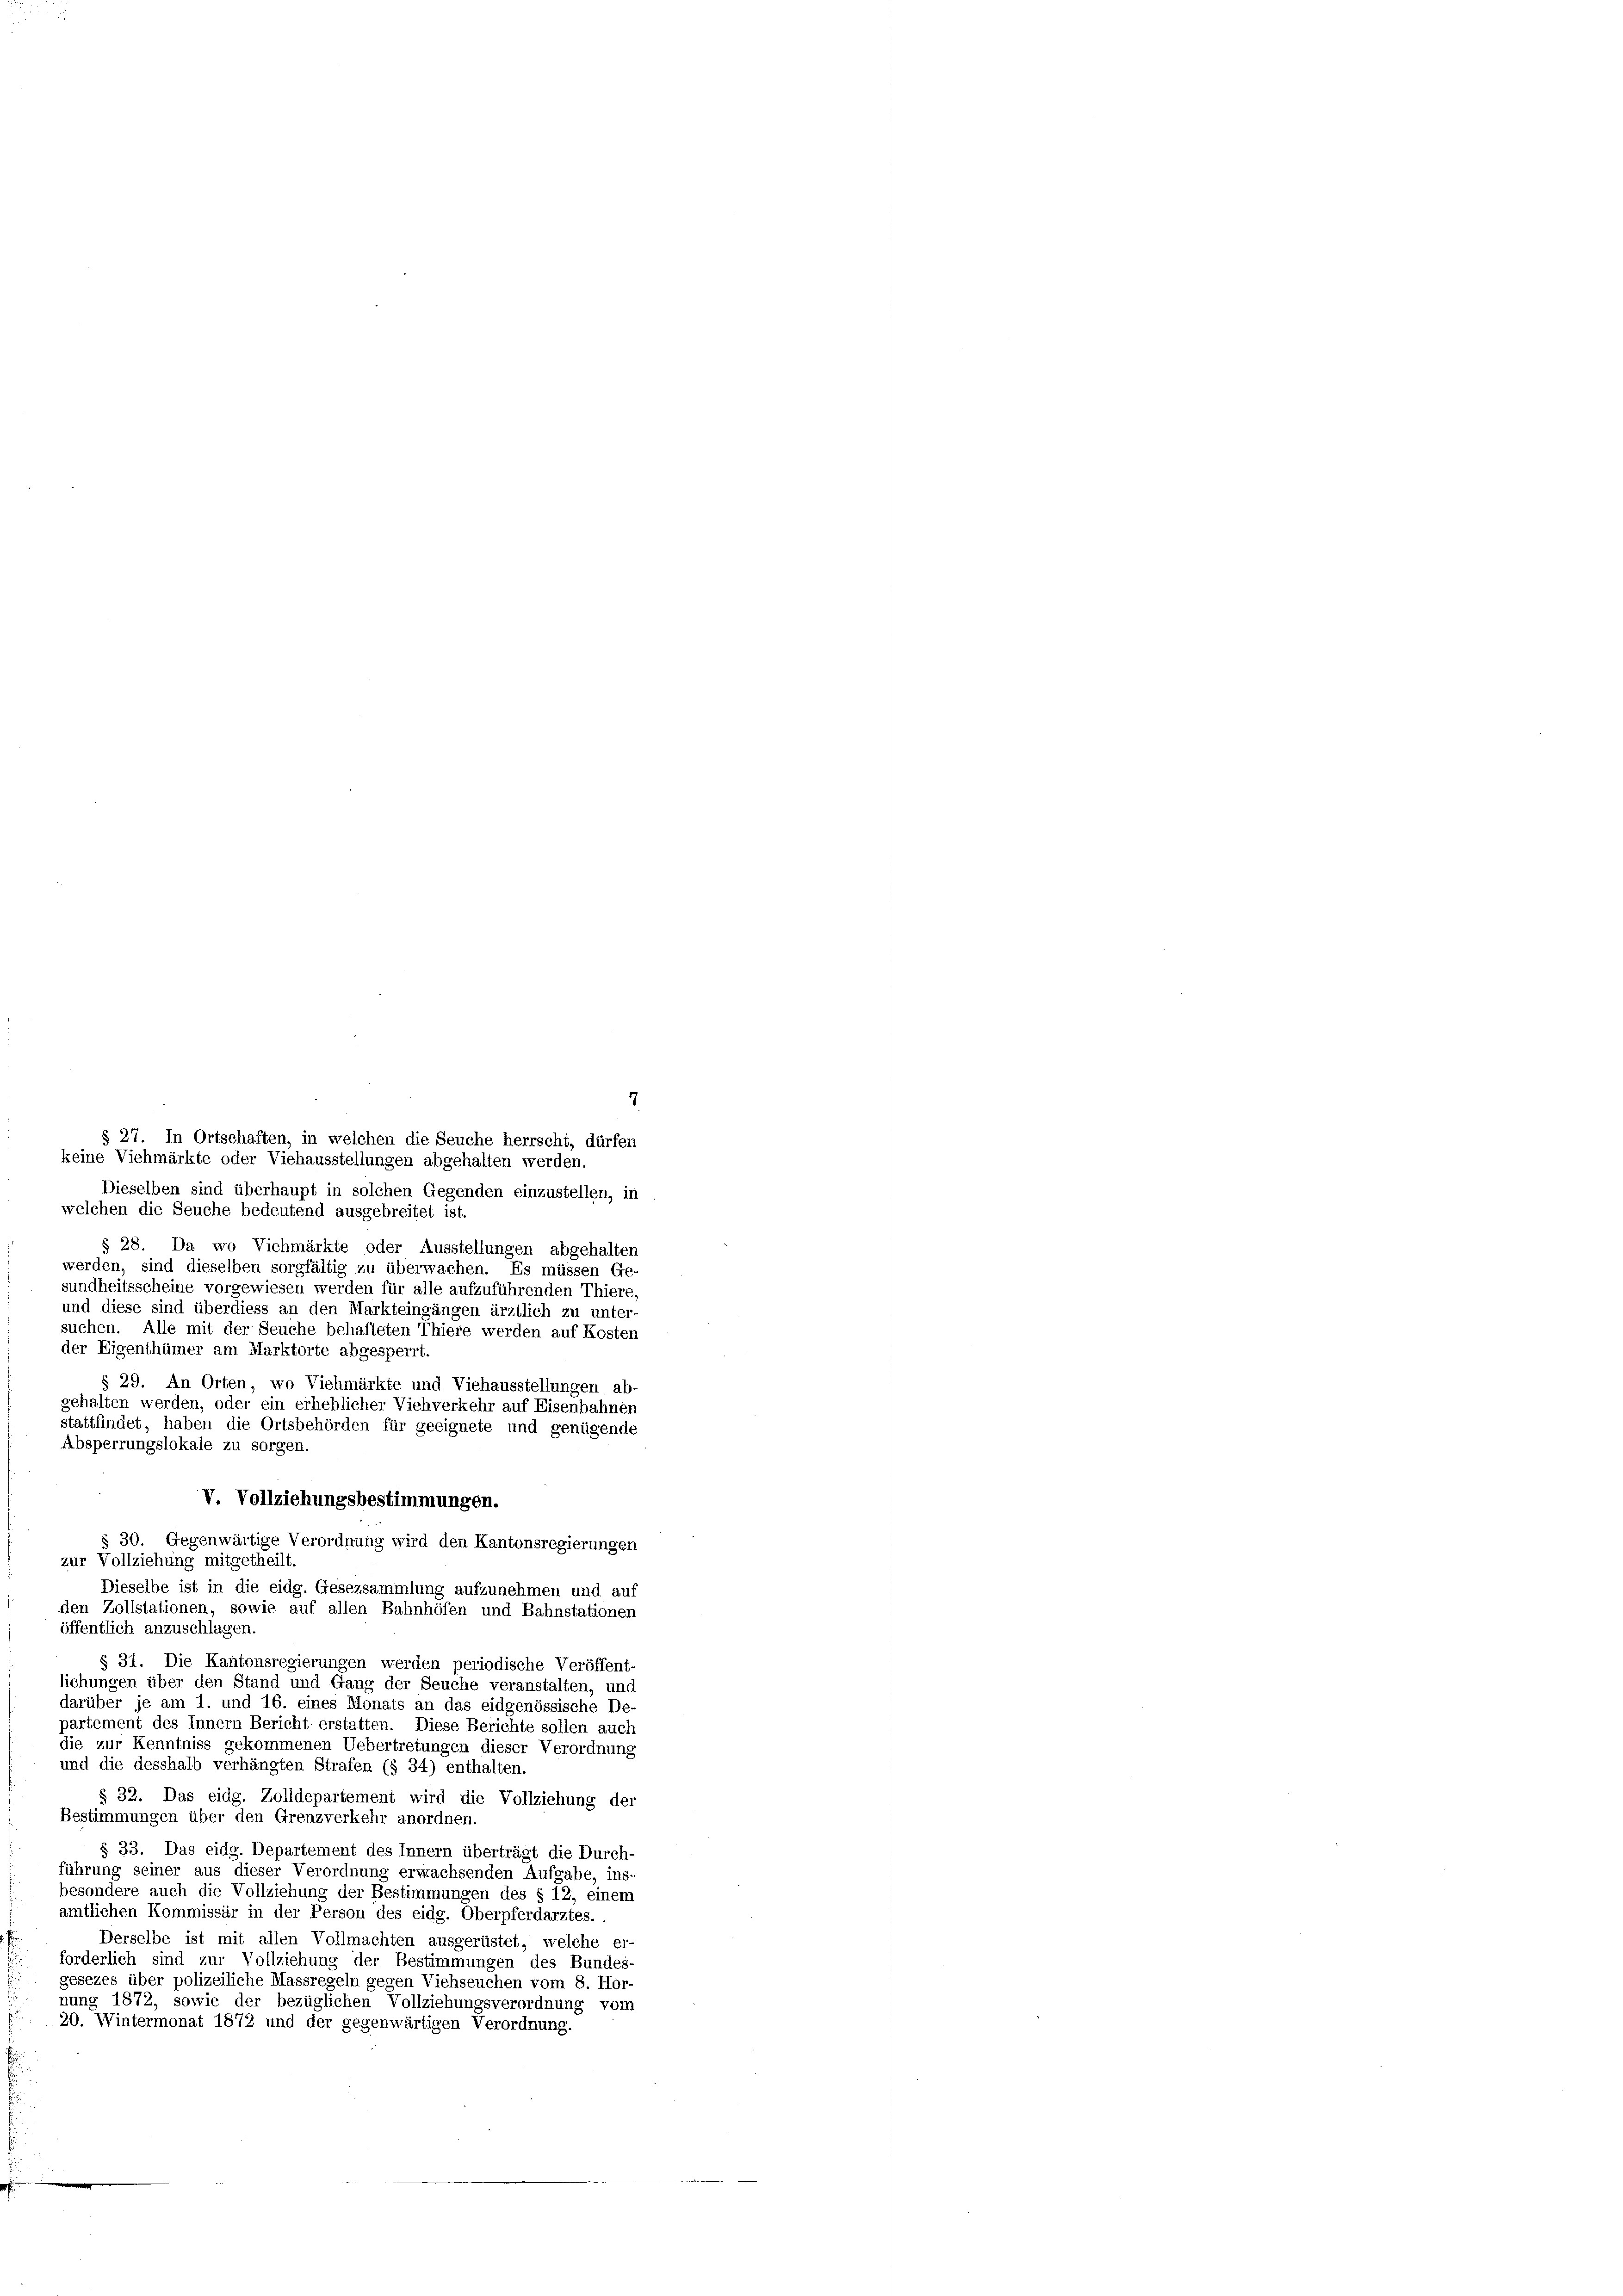
7
Dieselben sind überhaupt in solchen Gegenden einzustellen, in
welchen die Seuche bedeutend ausgebreitet ist.
§ 28. Da wo Viehmärkte oder Ausstellungen abgehalten
werden, sind dieselben sorgfältig zu überwachen. Es müssen Ge
sundheitsscheine vorgewiesen werden für alle aufzuführenden Thiere,
und diese sind überdiess an den Markteingängen ärztlich zu unter-
suchen. Alle mit der Seuche behafteten Thiere werden auf Kosten
der Eigenthümer am Marktorte abgesperrt.
§ 29. An Orten, wo Viehmärkte und Viehausstellungen ab-
gehalten werden, oder ein erheblicher Viehverkehr auf Eisenbahnen
stattfindet, haben die Ortsbehörden für geeignete und genügende
Absperrungslokale zu sorgen.
V. Vollziehungsbestimmungen.
§ 30. Gegenwärtige Verordnung wird den Kantonsregierungen
zur Vollziehung mitgetheilt.
Dieselbe ist in die eidg. Gesezsammlung aufzunehmen und auf
den Zollstationen, sowie auf allen Bahnhöfen und Bahnstationen
öffentlich anzuschlagen.
§ 31. Die Kantonsregierungen werden periodische Veröffent-
lichungen über den Stand und Gang der Seuche veranstalten, und
darüber je am 1. und 16. eines Monats an das eidgenössische De-
partement des Innern Bericht erstatten. Diese Berichte sollen auch
die zur Kenntniss gekommenen Uebertretungen dieser Verordnung
und die desshalb verhängten Strafen (§ 34) enthalten.
§ 32. Das eidg. Zolldepartement wird die Vollziehung der
Bestimmungen über den Grenzverkehr anordnen.
§ 33. Das eidg. Departement des Innern überträgt die Durch-
führung seiner aus dieser Verordnung erwachsenden Aufgabe, ins-
besondere auch die Vollziehung der Bestimmungen des § 12, einem
amtlichen Kommissär in der Person des eidg. Oberpferdarztes.
Derselbe ist mit allen Vollmachten ausgerüstet, welche er-
forderlich sind zur Vollziehung der Bestimmungen des Bundes-
gesezes über polizeiliche Massregeln gegen Viehseuchen vom 8. Hor-
nung 1872, sowie der bezüglichen Vollziehungsverordnung vom
20. Wintermonat 1872 und der gegenwärtigen Verordnung.

§ 27. In Ortschaften, in welchen die Seuche herrscht, dürfen
keine Viehmärkte oder Viehausstellungen abgehalten werden.